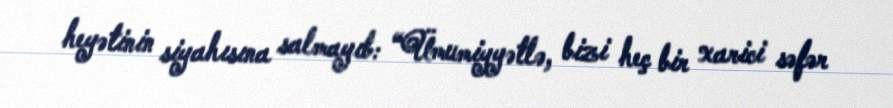
heyətinin siyahısına salmayıb: “Ümumiyyətlə, bizi heç bir xarici səfər